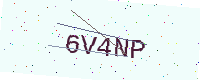
Text: 6V4NP